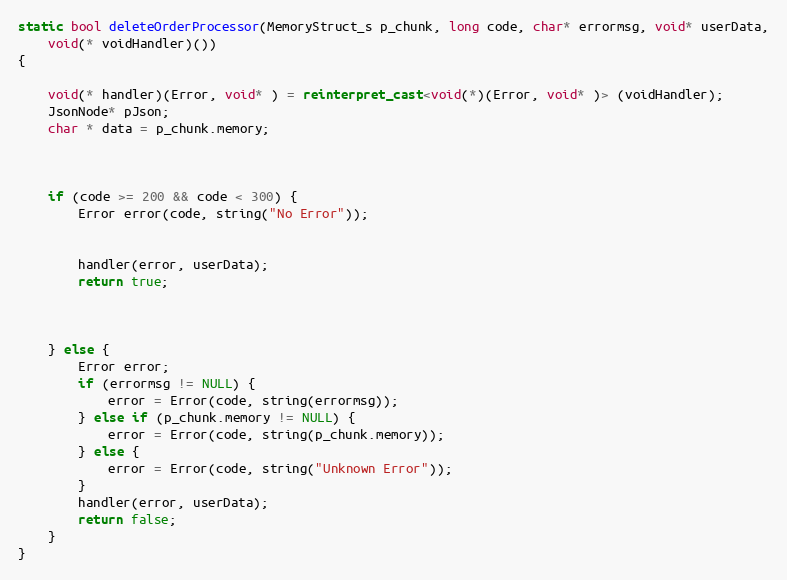
Language: C++
static bool deleteOrderProcessor(MemoryStruct_s p_chunk, long code, char* errormsg, void* userData,
	void(* voidHandler)())
{

	void(* handler)(Error, void* ) = reinterpret_cast<void(*)(Error, void* )> (voidHandler);
	JsonNode* pJson;
	char * data = p_chunk.memory;

	if (code >= 200 && code < 300) {
		Error error(code, string("No Error"));

		handler(error, userData);
		return true;

	} else {
		Error error;
		if (errormsg != NULL) {
			error = Error(code, string(errormsg));
		} else if (p_chunk.memory != NULL) {
			error = Error(code, string(p_chunk.memory));
		} else {
			error = Error(code, string("Unknown Error"));
		}
		handler(error, userData);
		return false;
	}
}